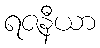
ရဇနီယာ